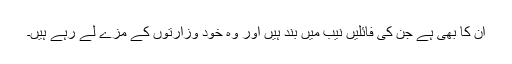
ان کا بھی ہے جن کی فائلیں نیب میں بند ہیں اور وہ خود وزارتوں کے مزے لے رہے ہیں۔